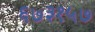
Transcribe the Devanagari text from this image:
६७३१५७